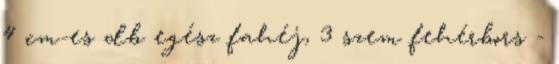
4 cm-es db egész fahéj, 3 szem fehérbors -